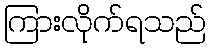
ကြားလိုက်ရသည်